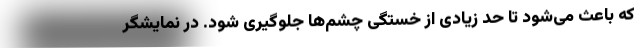
که باعث می‌شود تا حد زیادی از خستگی چشم‌ها جلوگیری شود. در نمایشگر